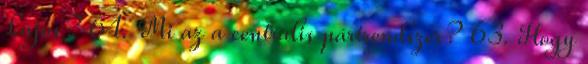
Lajos? 64. Mi az a centrális pártrendszer? 63. Hogy